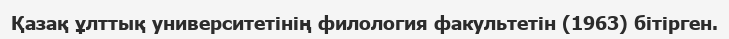
Қазақ ұлттық университетінің филология факультетін (1963) бітірген.